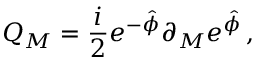
Q _ { M } = { \frac { i } { 2 } } e ^ { - \hat { \phi } } \partial _ { M } e ^ { \hat { \phi } } \, ,